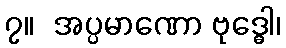
၇။  အပ္ပမာဏော ဗုဒ္ဓေါ၊